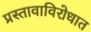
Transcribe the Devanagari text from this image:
प्रस्तावाविरोधात